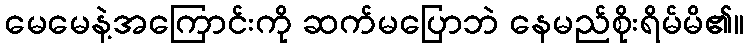
မေမေနဲ့အကြောင်းကို ဆက်မပြောဘဲ နေမည်စိုးရိမ်မိ၏။